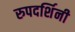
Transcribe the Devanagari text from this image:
रुपदर्शिनी